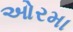
ઓરમા